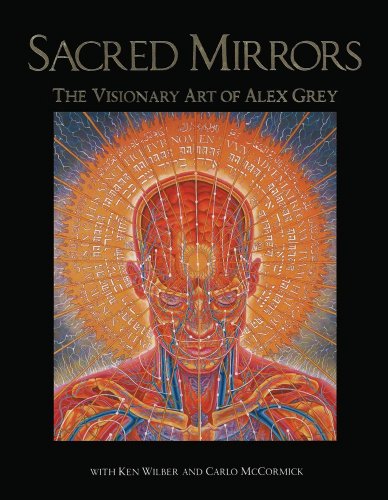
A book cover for Sacred Mirrors: The Visionary Art of Alex Grey; Alex Grey; Religion & Spirituality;